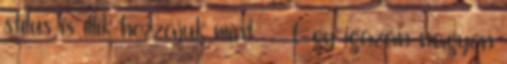
stílus is illik hozzájuk mint . Egy igazán nagyon